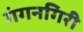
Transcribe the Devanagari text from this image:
गंगनगिरी